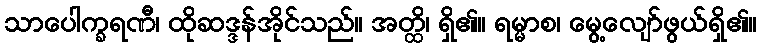
သာပေါက္ခရဏီ၊ ထိုဆဒ္ဒန်အိုင်သည်။ အတ္ထိ၊ ရှိ၏။ ရမ္မာစ၊ မွေ့လျော်ဖွယ်ရှိ၏။